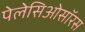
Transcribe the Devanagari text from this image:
पेलेसिओसॉरस